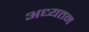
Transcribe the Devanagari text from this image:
अध्यतन